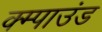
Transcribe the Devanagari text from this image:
क्म्पाउंड